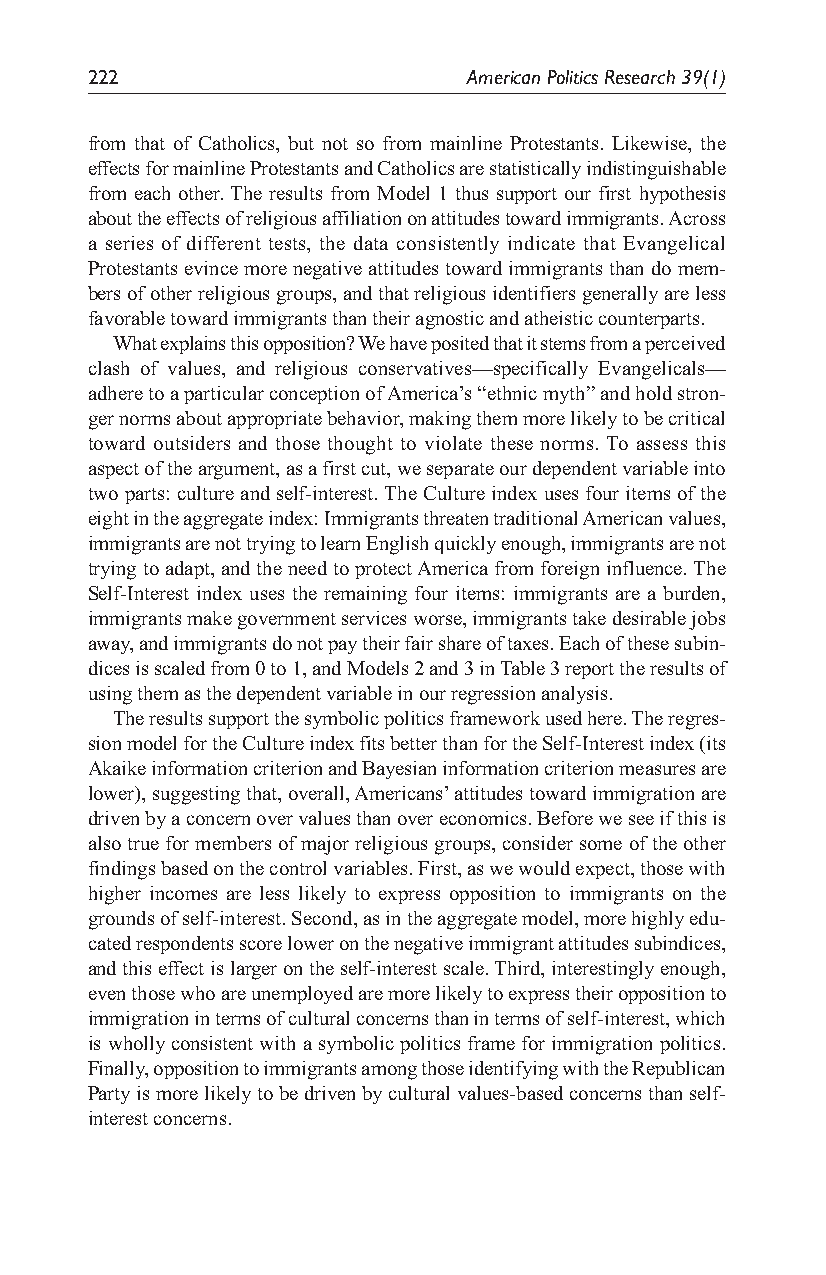
222                      American Politics Research 39(1)
 from that of Catholics, but not so from mainline Protestants. Likewise, the
 effects for mainline Protestants and Catholics are statistically indistinguishable
 from each other. The results from Model 1 thus support our first hypothesis
 about the effects of religious affiliation on attitudes toward immigrants. Across
 a series of different tests, the data consistently indicate that Evangelical
 Protestants evince more negative attitudes toward immigrants than do mem-
 bers of other religious groups, and that religious identifiers generally are less
 favorable toward immigrants than their agnostic and atheistic counterparts.
 What explains this opposition? We have posited that it stems from a perceived
 clash of values, and religious conservatives—specifically Evangelicals—
 adhere to a particular conception of America’s “ethnic myth” and hold stron-
 ger norms about appropriate behavior, making them more likely to be critical
 toward outsiders and those thought to violate these norms. To assess this
 aspect of the argument, as a first cut, we separate our dependent variable into
 two parts: culture and self-interest. The Culture index uses four items of the
 eight in the aggregate index: Immigrants threaten traditional American values,
 immigrants are not trying to learn English quickly enough, immigrants are not
 trying to adapt, and the need to protect America from foreign influence. The
 Self-Interest index uses the remaining four items: immigrants are a burden,
 immigrants make government services worse, immigrants take desirable jobs
 away, and immigrants do not pay their fair share of taxes. Each of these subin-
 dices is scaled from 0 to 1, and Models 2 and 3 in Table 3 report the results of
 using them as the dependent variable in our regression analysis.
 The results support the symbolic politics framework used here. The regres-
 sion model for the Culture index fits better than for the Self-Interest index (its
 Akaike information criterion and Bayesian information criterion measures are
 lower), suggesting that, overall, Americans’ attitudes toward immigration are
 driven by a concern over values than over economics. Before we see if this is
 also true for members of major religious groups, consider some of the other
 findings based on the control variables. First, as we would expect, those with
 higher incomes are less likely to express opposition to immigrants on the
 grounds of self-interest. Second, as in the aggregate model, more highly edu-
 cated respondents score lower on the negative immigrant attitudes subindices,
 and this effect is larger on the self-interest scale. Third, interestingly enough,
 even those who are unemployed are more likely to express their opposition to
 immigration in terms of cultural concerns than in terms of self-interest, which
 is wholly consistent with a symbolic politics frame for immigration politics.
 Finally, opposition to immigrants among those identifying with the Republican
 Party is more likely to be driven by cultural values-based concerns than self-
 interest concerns.